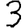
Digit: 3